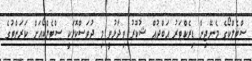
ސްޓެލްކޯގެ މެނޭޖިން ޑިރެކްޓަރު އަބްދުއް ޝުކޫރު ވިދާޅުވީ މި ދުވަސްކޮޅަކީ ސްޓެލްކޯއަށް ކަރަންޓުގެ